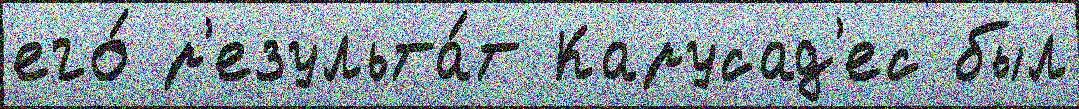
его́ р'езульта́т Карусад'ес был